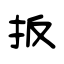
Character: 扳